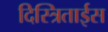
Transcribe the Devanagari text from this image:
दिस्त्रिताईस